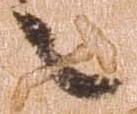
之